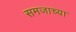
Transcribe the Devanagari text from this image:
समजाच्या